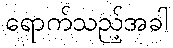
ရောက်သည့်အခါ